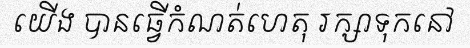
យើង បានធ្វើកំណត់ហេតុ រក្សាទុកនៅ